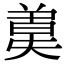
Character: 𣍄